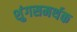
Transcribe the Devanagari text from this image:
शुंगसमर्थक